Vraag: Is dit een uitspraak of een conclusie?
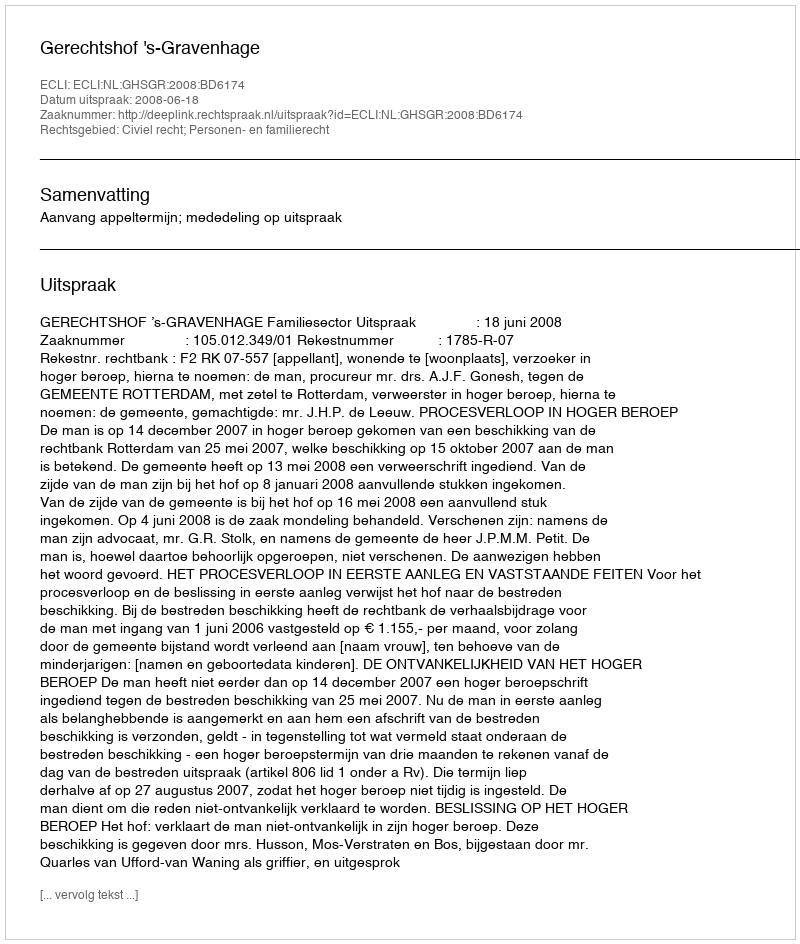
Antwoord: Uitspraak